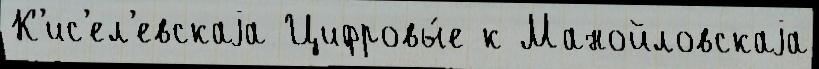
К'ис'ел'евскаjа Цифровы́е к Манойловскаjа